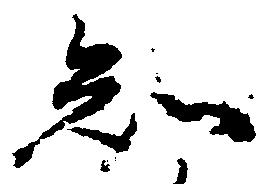
知